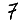
Digit: 7